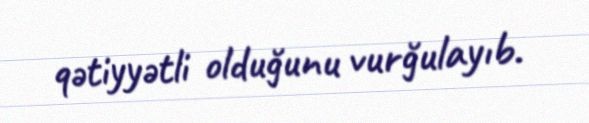
qətiyyətli olduğunu vurğulayıb.